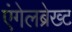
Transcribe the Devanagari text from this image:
एंगेलब्रेख्ट